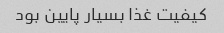
کیفیت غذا بسیار پایین بود